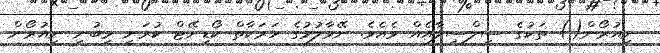
ނިއުރޯން() ތަކުގެ ސިލްސިލާއެއް ވެއެވެ. ނޭވާލުމުގެ ހަރަކާތް ކޯޑިނޭޓް ކުރަނީ މިބުނި ނިއުރޯން